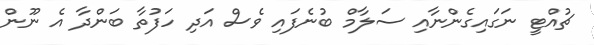
ޗުއްޓީ ނަގައިގެންނާއި ސަލާމް ބުނެފައި ވެސް އަދި ހަފުތާ ބަންދާ އެ ނޫން